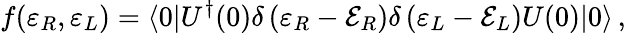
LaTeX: f(\varepsilon_{R},\varepsilon_{L})=\langle 0|U^{\dagger}(0)\delta\left(\varepsilon_{R}-{\cal E}_{R}\right)\delta\left(\varepsilon_{L}-{\cal E}_{L}\right)U(0)|0\rangle\, ,